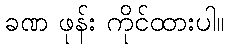
ခဏ ဖုန်း ကိုင်ထားပါ။